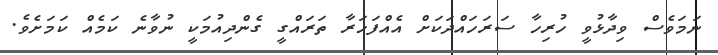
ނަމަވެސް ވިދާޅުވީ ހުރިހާ ސަރަހައްދަކަށް އެއްފަހަރާ ތަރައްގީ ގެންދިއުމަކީ ނުވާނެ ކަމެއް ކަމަށެވެ.